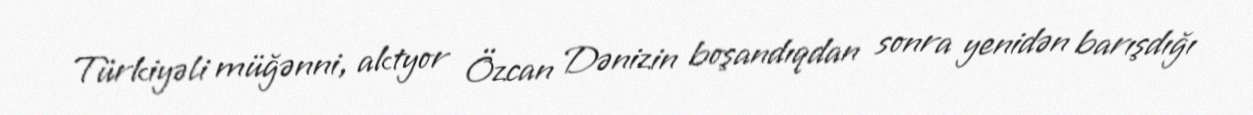
Türkiyəli müğənni, aktyor Özcan Dənizin boşandıqdan sonra yenidən barışdığı